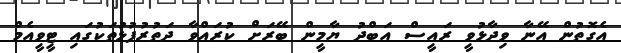
އެގޮތުން އޭނާ ވިދާޅުވީ ރައީސް އަބްދު ޔާމީން ބޭރަށް ކުރައްވާ ދަތުރުފުޅުތަކުގައި ޓީވީއެމް